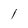
Character: 1